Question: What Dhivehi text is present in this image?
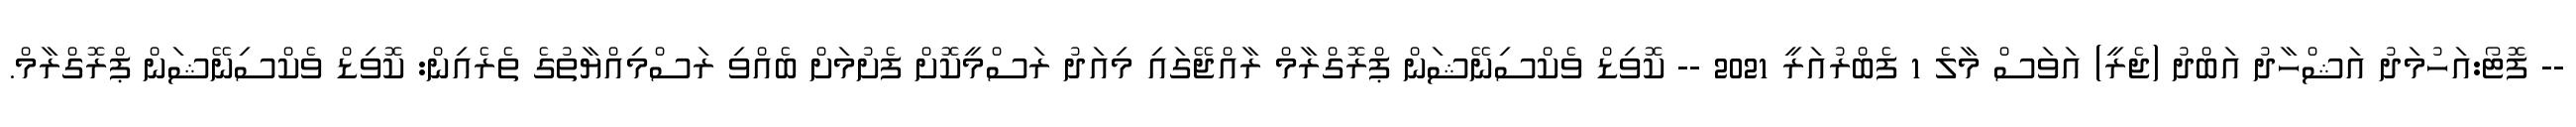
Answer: -- ފޮޓޯ:އަހުމަދު އަޝްހާދު އަބްދު (ޖެރީ) އަވަސް މާލެ 1 ފެބްރުއަރީ 2021 -- ކޮވިޑް ވެކްސިނޭޝަން ޕްރޮގްރާމް ރާއްޖޭގައި މިއަދު ރަސްމީކޮށް ފެށުމަށް ބެއްވި ރަސްމިއްޔާތުގެ ތެރެއިން: ކޮވިޑް ވެކްސިނޭޝަން ޕްރޮގްރާމް.